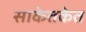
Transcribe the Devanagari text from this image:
साकेतकेत